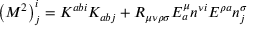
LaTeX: \left( M ^ { 2 } \right) _ { j } ^ { i } = K ^ { a b i } K _ { a b j } + R _ { \mu \nu \rho \sigma } E _ { a } ^ { \mu } n ^ { \nu i } E ^ { \rho a } n _ { j } ^ { \sigma }